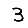
Digit: 3